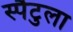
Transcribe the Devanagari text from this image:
स्पैटुला